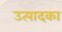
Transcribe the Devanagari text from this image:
उत्पादका